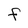
Character: f